Annual administration report of the Civil Veterinary Department of India - 1896-1897
Year: 1896
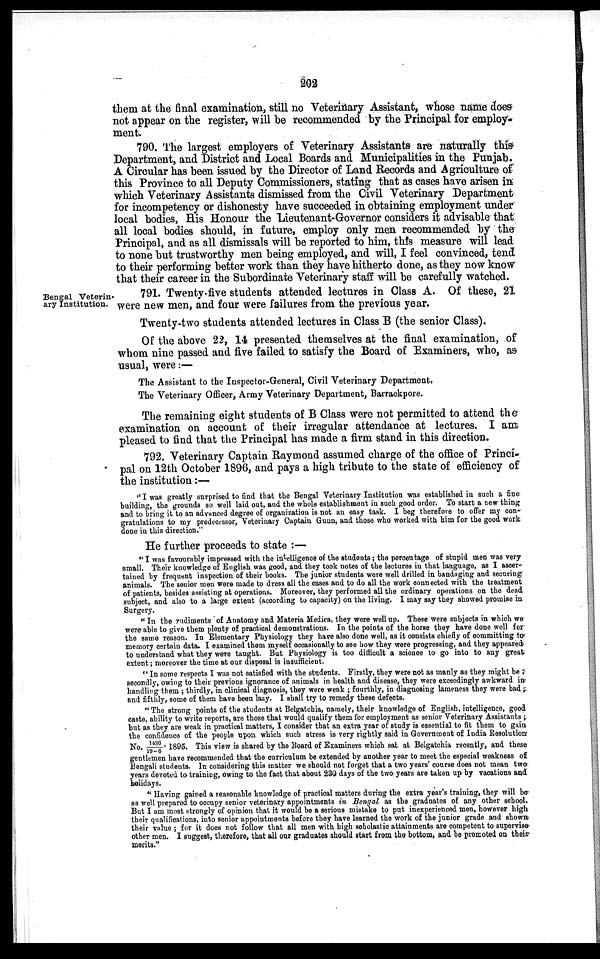
202
them at the final examination, still no Veterinary Assistant, whose name does
not appear on the register, will be recommended by the Principal for employ-
ment.
790. The largest employers of Veterinary Assistants are naturally this
Department, and District and Local Boards and Municipalities in the Punjab.
A Circular has been issued by the Director of Land Records and Agriculture of
this Province to all Deputy Commissioners, stating that as cases have arisen in
which Veterinary Assistants dismissed from the Civil Veterinary Department
for incompetency or dishonesty have succeeded in obtaining employment under
local bodies, His Honour the Lieutenant-Governor considers it advisable that
all local bodies should, in future, employ only men recommended by the
Principal, and as all dismissals will be reported to him, this measure will lead
to none but trustworthy men being employed, and will, I feel convinced, tend
to their performing better work than they have hitherto done, as they now know
that their career in the Subordinate Veterinary staff will be carefully watched.
Bengal Veterin-
ary Institution.
791. Twenty five students attended lectures in Class A. Of these, 21
were new men, and four were failures from the previous year.
Twenty two students attended lectures in Class B (the senior Class).
Of the above 22, 14 presented themselves at the final examination, of
whom nine passed and five failed to satisfy the Board of Examiners, who, as
usual, were:—
The Assistant to the Inspector-General, Civil Veterinary Department.
The Veterinary Officer, Army Veterinary Department, Barrackpore.
The remaining eight students of B Class were not permitted to attend the
examination on account of their irregular attendance at lectures. I am
pleased to find that the Principal has made a firm stand in this direction.
792. Veterinary Captain Raymond assumed charge of the office of Princi-
pal on 12th October 1896, and pays a high tribute to the state of efficiency of
the institution:—
"I was greatly surprised to find that the Bengal Veterinary Institution was established in such a fine
building, the grounds so well laid out, and the whole establishment in such good order. To start a new thing
and to bring it to an advanced degree of organization is not an easy task. I beg therefore to offer my con-
gratulations to my predecessor, Veterinary Captain Gunn, and those who worked with him for the good work
done in this direction."
He further proceeds to state:—
"I was favourably impressed with the intelligence of the students; the percentage of stupid men was very
small. Their knowledge of English was good, and they took notes of the lectures in that language, as I ascer-
tained by frequent inspection of their books. The junior students were well drilled in bandaging and securing
animals. The senior men were made to dress all the cases and to do all the work connected with the treatment
of patients, besides assisting at operations. Moreover, they performed all the ordinary operations on the dead
subject, and also to a large extent (according to capacity) on the living. I may say they showed promise in
Surgery.
"In the rudiments of Anatomy and Materia Medica, they were well up. These were subjects in which we
were able to give them plenty of practical demonstrations. In the points of the horse they have done well for
the same reason. In Elementary Physiology they have also done well, as it consists chiefly of committing to
memory certain data. I examined them myself occasionally to see how they were progressing, and they appeared
to understand what they were taught. But Physiology is too difficult a science to go into to any great
extent; moreover the time at our disposal is insufficient.
"In some respects I was not satisfied with the students. Firstly, they were not as manly as they might be;
secondly, owing to their previous ignorance of animals in health and disease, they were exceedingly awkward in
handling them; thirdly, in clinical diagnosis, they were weak; fourthly, in diagnosing lameness they were bad;
and fifthly, some of them have been lazy. I shall try to remedy these defects.
"The strong points of the students at Belgatchia, namely, their knowledge of English, intelligence, good
caste, ability to write reports, are those that would qualify them for employment as senior Veterinary Assistants;
but as they are weak in practical matters, I consider that an extra year of study is essential to fit them to gain
the confidence of the people upon which such stress is very rightly said in Government of India Resolution
No. 1436 / 19-6, 1895. This view is shared by the Board of Examiners which sat at Belgatchia recently, and these
gentlemen have recommended that the curriculum be extended by another year to meet the especial weakness of
Bengali students. In considering this matter we should not forget that a two years' course does not mean two
years devoted to training, owing to the fact that about 230 days of the two years are taken up by vacations and
holidays.
" Having gained a reasonable knowledge of practical matters during the extra year's training, they will be
as well prepared to occupy senior veterinary appointments in Bengal as the graduates of any other school.
But I am most strongly of opinion that it would be a serious mistake to put inexperienced men, however high
their qualifications, into senior appointments before they have learned the work of the junior grade and shown
their value ; for it does not follow that all men with high scholastic attainments are competent to supervise
other men. I suggest, therefore, that all our graduates should start from the bottom, and be promoted on their
merits."